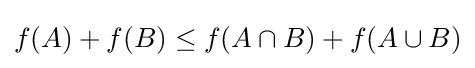
f(A)+f(B)\leq f(A\cap B)+f(A\cup B)